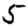
Digit: 5